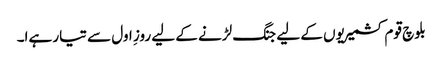
بلوچ قوم کشمیریوں کے لیے جنگ لڑنے کے لیے روزِ اول سے تیار ہےا۔